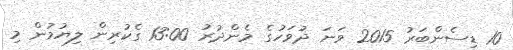
10 ޑިސެންބަރު 2015 ވަނަ ދުވަހުގެ މެންދުރު 13:00 ގެކުރިން ލިޔުމުން މި